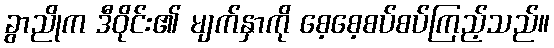
ခွာညိုက ဒီဝိုင်း၏ မျက်နှာကို စေ့စေ့စပ်စပ်ကြည့်သည်။